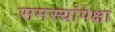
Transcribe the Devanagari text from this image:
समस्यांपेक्षा